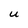
Character: u